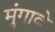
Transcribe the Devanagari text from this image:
मुंगावे